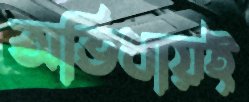
অভিধায়ই